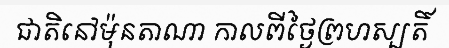
ជាតិនៅម៉ុនតាណា កាលពីថ្ងៃព្រហស្បតិ៍